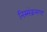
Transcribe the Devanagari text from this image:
निस्संक्रमण